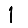
Digit: 1